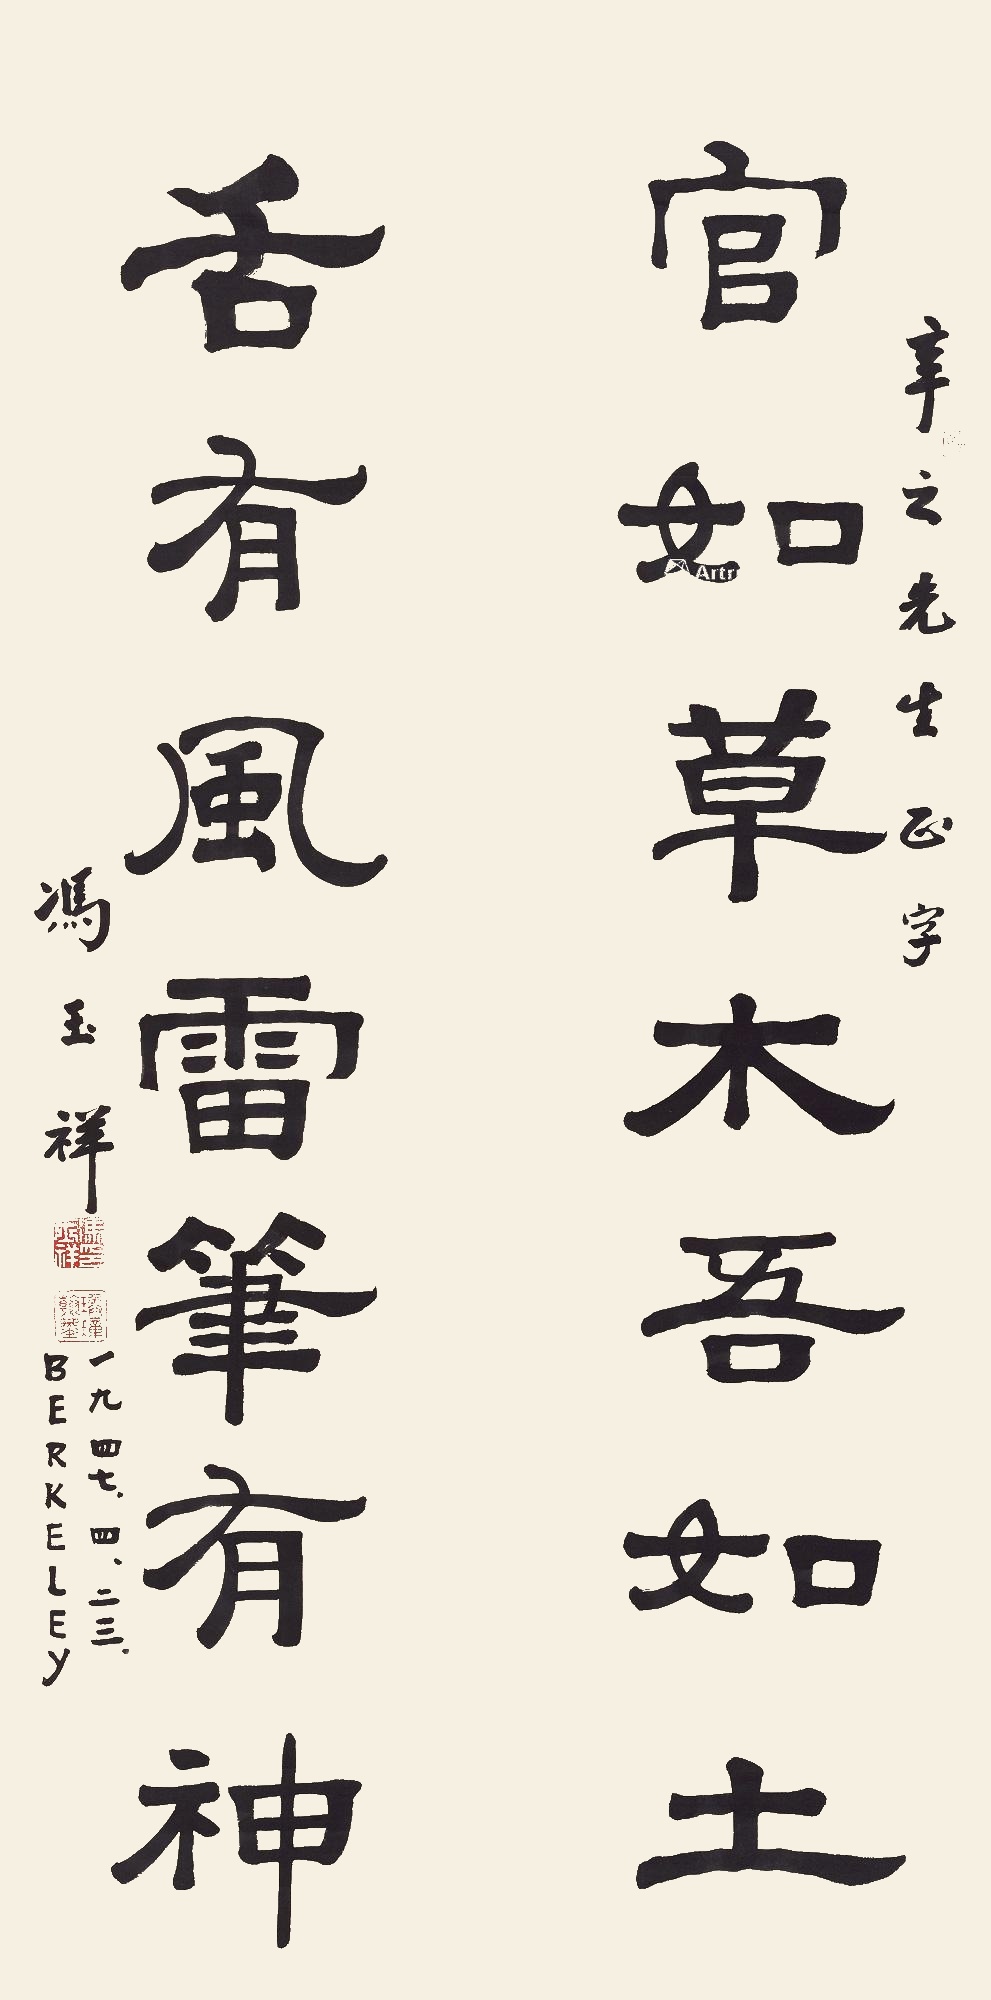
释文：官如草木吾如土，舌有风雷笔有神。辛之先生正字，冯玉祥，一九四七.四.二三.BERKELEY.